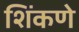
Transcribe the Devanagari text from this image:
शिंकणे